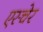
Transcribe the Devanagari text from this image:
एस्चेर